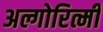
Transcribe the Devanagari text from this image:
अल्गोरित्मी